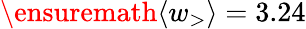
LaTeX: \ensuremath{\langle w_{>}\rangle}=3.24